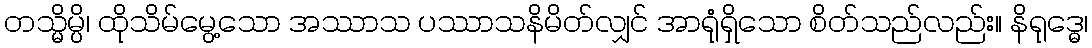
တသ္မိမ္ပိ၊ ထိုသိမ်မွေ့သော အဿာသ ပဿာသနိမိတ်လျှင် အာရုံရှိသော စိတ်သည်လည်း။ နိရုဒ္ဓေ၊